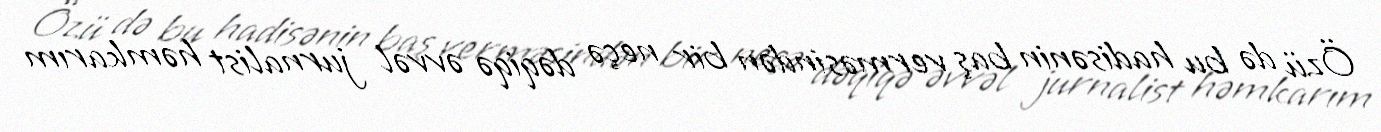
Özü də bu hadisənin baş verməsindən bir neçə dəqiqə əvvəl jurnalist həmkarım